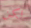
لكن